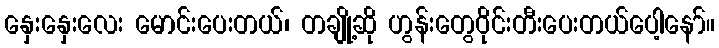
နှေးနှေးလေး မောင်းပေးတယ်၊ တချို့ဆို ဟွန်းတွေဝိုင်းတီးပေးတယ်ပေါ့နော်။